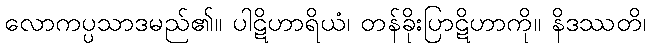
လောကပ္ပသာဒမည်၏။ ပါဋိဟာရိယံ၊ တန်ခိုးပြာဋိဟာကို။ နိဒဿတိ၊